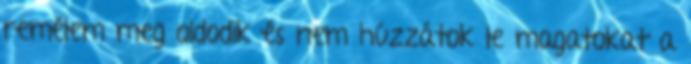
remélem meg oldodik és nem húzzátok le magatokat a